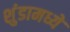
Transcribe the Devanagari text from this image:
शुंडामध्ये